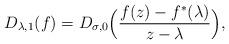
LaTeX: \begin{align*}D_{\lambda,1}(f)= D_{\sigma,0} \Big(\frac{f(z)-f^{*}(\lambda)}{z-\lambda}\Big),\end{align*}